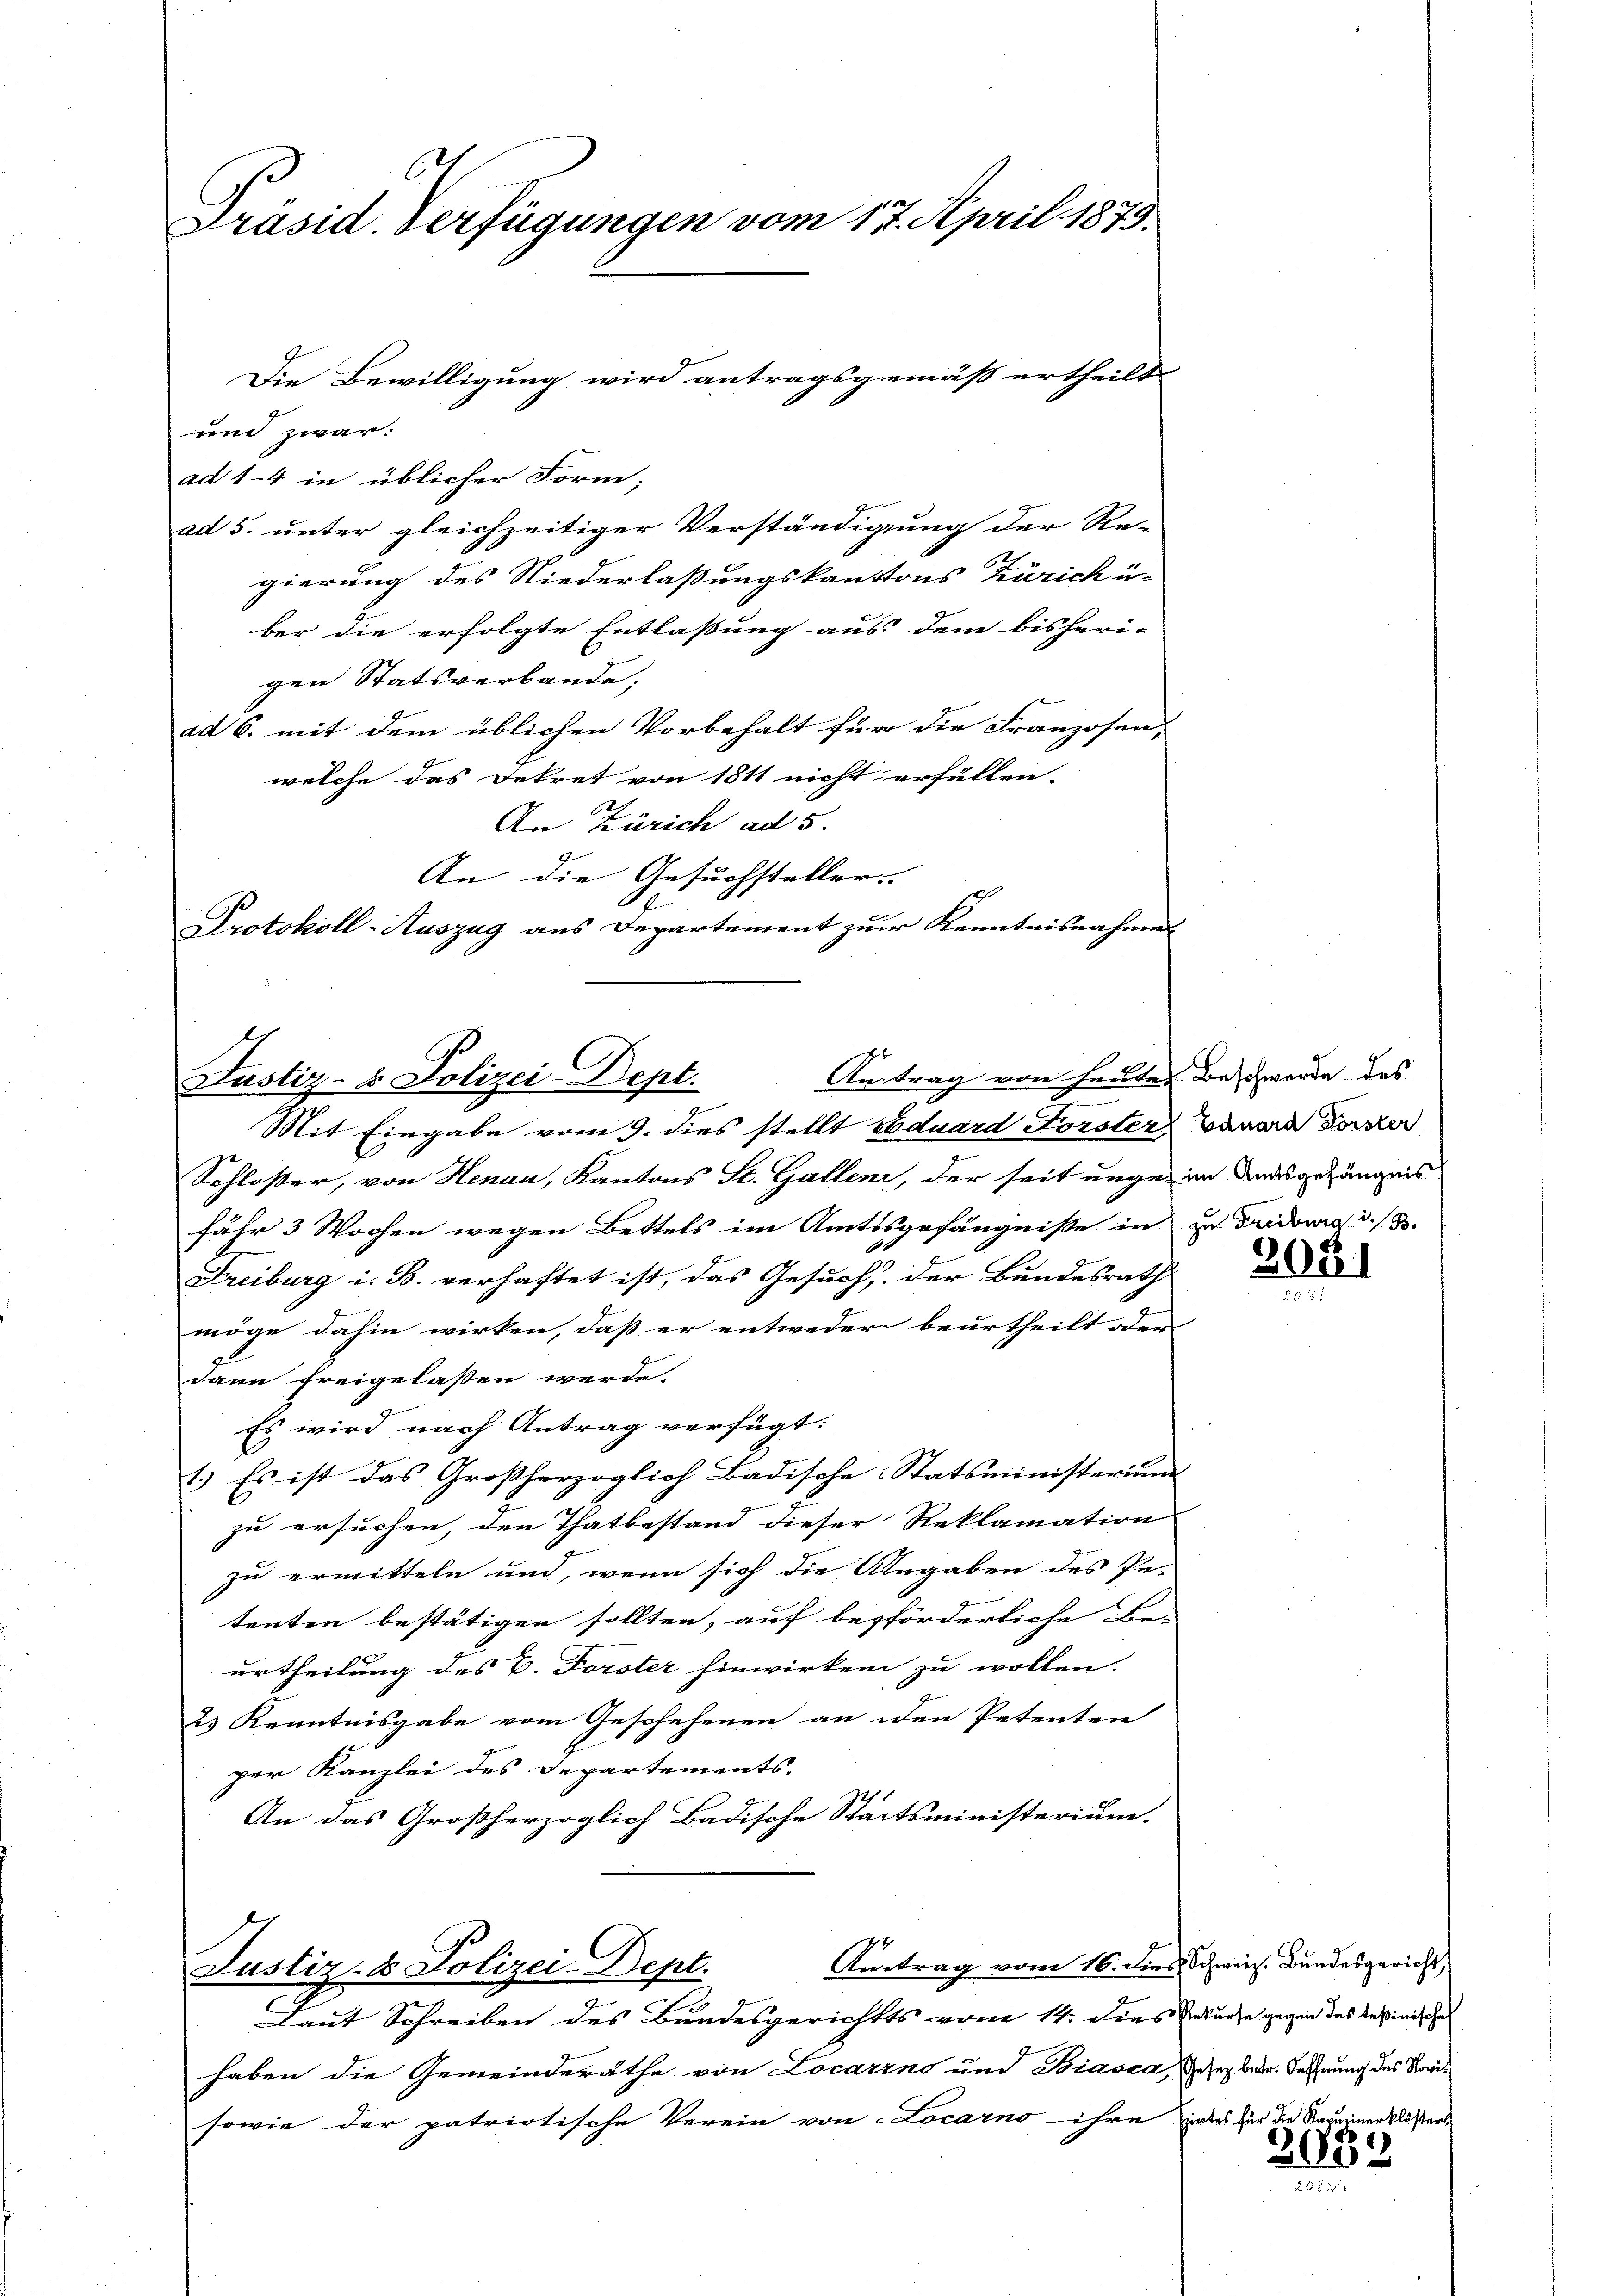
Präsid. Verfügungen vom 17. April 1873.

und zwar:
ad 1-4 in üblicher Form;
ad 5. unter gleichzeitiger Verständigung der Re-
gierung des Niederlassungskantons Zürich ü-
ber die erfolgte Entlassung aus dem bisheri-
gen Statsverbande;
ad 6. mit dem üblichen Vorbehalt für die Franzosen-
welche das Dekret von 1811 nicht erfüllen-
.
An Zürich ad 5.
An die Gesuchsteller. |
Protokoll-Auszug aus Departement zur Kenntnisnahmes

Die Bewilligung wird antragsgemäß ertheilt |

Mit Eingabe vom 9. dies stellt Eduard Forster Bauard Forster
Schloßer, von Henau, Kantons St. Gallen, der seit unge im Ausgehängnis
fähr 3 Wochen wegen Bettels im Amtsgefängniße in zu Fridore d. 3.
Freiburg i. B. verhaftet ist, das Gesuch, der Bundesrath
möge dahin wirken, daß er entweder beurtheilt oder
dann freigelassen werde.
Es wird nach Antrag verfügt:
1.) Es ist das Großherzoglich Badische Statsministerium
zu ersuchen, den Thatbestand dieser Reklamation
zu ermitteln und, wenn sich die Angaben des Pa-
tenten bestätigen sollten, auf beförderliche Be-
urtheilung des C. Forster hinwirken zu wollen.
2) Kenntnisgabe vom Geschehenen an den Petenten
per Kanzlei des Departements-
An das Großherzoglich Badische Staatsministerium.

Antrag von heuten Beschwerde des
Justiz- & Polizei-Dept.

Vertrag vom 16. dies Schweiz. Bundesgericht,
Justiz- & Polizei-Dept.
2
Laut Schreiben des Bundesgerichts vom 14. Dies Inkurse gegen das Ansinische

haben die Gemeinderäthe von Locarno und Biasca, Geser betr. Rechnung des Nori
sowie der patriotische Verein von Locarno ihre

2021

abes für die Kapuriner klöst
2033